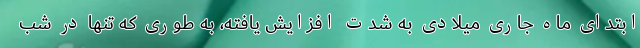
ابتدای ماه جاری میلادی به شدت افزایش یافته، به طوری که تنها در شب